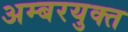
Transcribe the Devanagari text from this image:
अम्बरयुक्त